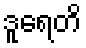
ဒူရေတိ